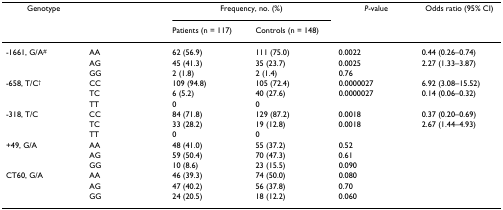
<table><thead><tr><td><b>Genotype</b></td><td></td><td colspan="2"><b>Frequency, no. (%)</b></td><td><b><i>P</i>-value</b></td><td><b>Odds ratio (95% CI)</b></td></tr><tr><td></td><td></td><td><b>Patients (n = 117)</b></td><td><b>Controls (n = 148)</b></td><td></td><td></td></tr></thead><tbody><tr><td>-1661, G/A<sup>#</sup></td><td>AA</td><td>62 (56.9)</td><td>111 (75.0)</td><td>0.0022</td><td>0.44 (0.26–0.74)</td></tr><tr><td></td><td>AG</td><td>45 (41.3)</td><td>35 (23.7)</td><td>0.0025</td><td>2.27 (1.33–3.87)</td></tr><tr><td></td><td>GG</td><td>2 (1.8)</td><td>2 (1.4)</td><td>0.76</td><td></td></tr><tr><td>-658, T/C<sup>†</sup></td><td>CC</td><td>109 (94.8)</td><td>105 (72.4)</td><td>0.0000027</td><td>6.92 (3.08–15.52)</td></tr><tr><td></td><td>TC</td><td>6 (5.2)</td><td>40 (27.6)</td><td>0.0000027</td><td>0.14 (0.06–0.32)</td></tr><tr><td></td><td>TT</td><td>0</td><td>0</td><td></td><td></td></tr><tr><td>-318, T/C</td><td>CC</td><td>84 (71.8)</td><td>129 (87.2)</td><td>0.0018</td><td>0.37 (0.20–0.69)</td></tr><tr><td></td><td>TC</td><td>33 (28.2)</td><td>19 (12.8)</td><td>0.0018</td><td>2.67 (1.44–4.93)</td></tr><tr><td></td><td>TT</td><td>0</td><td>0</td><td></td><td></td></tr><tr><td>+49, G/A</td><td>AA</td><td>48 (41.0)</td><td>55 (37.2)</td><td>0.52</td><td></td></tr><tr><td></td><td>AG</td><td>59 (50.4)</td><td>70 (47.3)</td><td>0.61</td><td></td></tr><tr><td></td><td>GG</td><td>10 (8.6)</td><td>23 (15.5)</td><td>0.090</td><td></td></tr><tr><td>CT60, G/A</td><td>AA</td><td>46 (39.3)</td><td>74 (50.0)</td><td>0.080</td><td></td></tr><tr><td></td><td>AG</td><td>47 (40.2)</td><td>56 (37.8)</td><td>0.70</td><td></td></tr><tr><td></td><td>GG</td><td>24 (20.5)</td><td>18 (12.2)</td><td>0.060</td><td></td></tr></tbody></table>